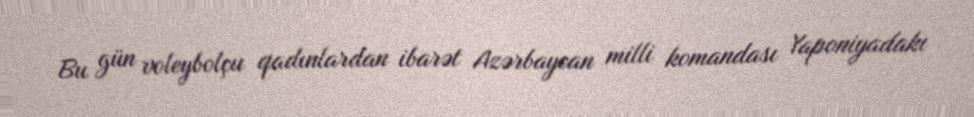
Bu gün voleybolçu qadınlardan ibarət Azərbaycan milli komandası Yaponiyadakı